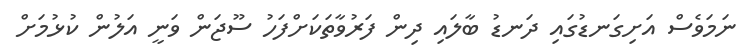
ނަމަވެސް އަށިގަނޑުގައި ދަނޑު ބާލައި ދިން ފަރުވާތަކަށްފަހު ސޫޖަން ވަނީ އަލުން ކުޅުމަށް